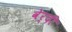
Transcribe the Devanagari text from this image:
वेर्दी